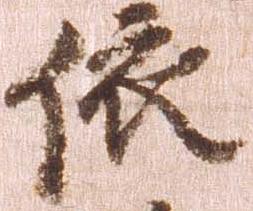
依